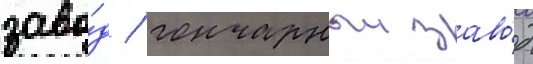
заво́д / гончарныи заво́д